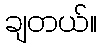
ချတယ်။